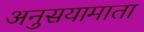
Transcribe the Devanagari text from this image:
अनुसयामाता